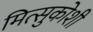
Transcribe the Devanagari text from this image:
मित्सुकोशी